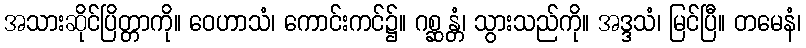
အသားဆိုင်ပြိတ္တာကို။ ဝေဟာသံ၊ ကောင်းကင်၌။ ဂစ္ဆန္တံ၊ သွားသည်ကို။ အဒ္ဒသံ၊ မြင်ပြီ။ တမေနံ၊